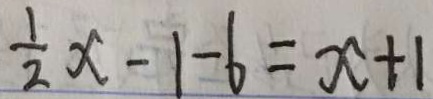
\frac { 1 } { 2 } x - 1 - 6 = x + 1